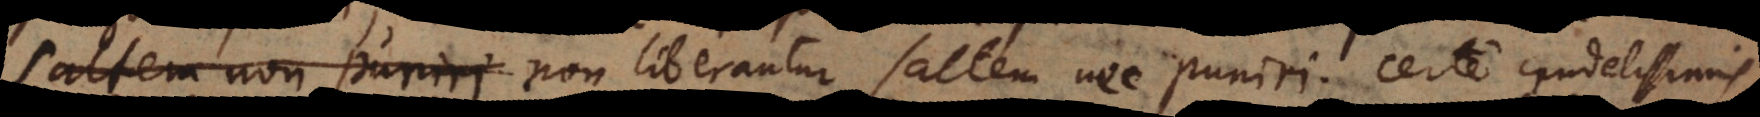
mi non liberantur, saltem nec puniri; certe crudelissimi